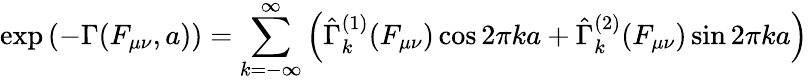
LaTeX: \exp\left(-\Gamma(F_{\mu\nu},a)\right)=\sum_{k=-\infty}^{\infty}\left(\hat{\Gamma}_{k}^{(1)}(F_{\mu\nu})\cos 2\pi ka+\hat{\Gamma}_{k}^{(2)}(F_{\mu\nu})\sin 2\pi ka\right)